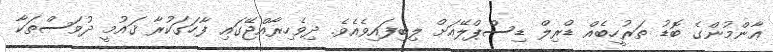
ޢާންމުންގެ ބޮޑު ތަރުހީބެއް ޑްރިލް ޑިސްޕްލޭއަށް ލިބިފައިވެއެވެ. ދިވެހިރާއްޖޭގައި ފާހަގަކުރާ ޤައުމީ ދުވަސްތަކާ